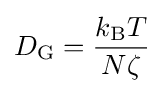
D_{\text{G}}={\frac {k_{\mathrm {B} }T}{N\zeta }}